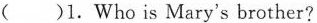
( )1.Who is Mary's brother?